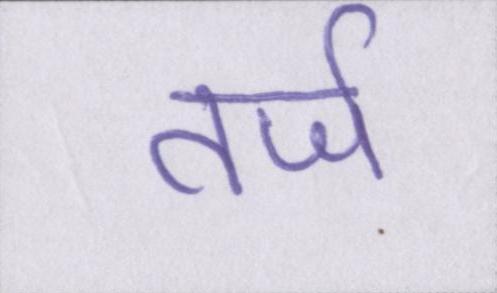
तर्ज